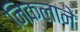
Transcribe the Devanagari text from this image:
निकलाने